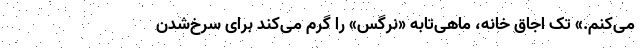
می‌کنم.» تک اجاق خانه، ماهی‌تابه «نرگس» را گرم می‌کند برای سرخ‌شدن